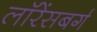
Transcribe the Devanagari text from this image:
लॉरेंसबर्ग